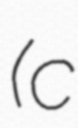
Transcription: (c